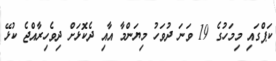
ކަޕްގައި މިމަހުގެ 19 ވަނަ ދުވަހު މިޔަންމާ އާއި ދެކޮޅަށް ދިވެހިރާއްޖެ ކުޅޭ